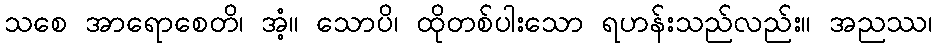
သစေ အာရောစေတိ၊ အံ့။ သောပိ၊ ထိုတစ်ပါးသော ရဟန်းသည်လည်း။ အညဿ၊